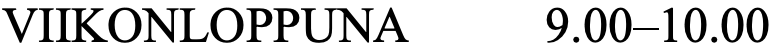
VIIKONLOPPUNA     9.00–10.00